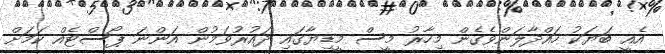
އެއީ ބަޔަކު ހައްދާލަންވެގެން މިހާރު މީސް މީޑިޔާގައި ދައުރުވަމުން އަންނަ ޕޯސްޓެއް ކަަމަށް